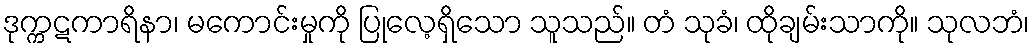
ဒုက္ကဋကာရိနာ၊ မကောင်းမှုကို ပြုလေ့ရှိသော သူသည်။ တံ သုခံ၊ ထိုချမ်းသာကို။ သုလဘံ၊